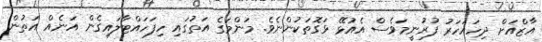
އާޒްއަށް ދިހައަހަރު ފުރުނީމަވެސް އެއުޅޭ ޅަގޮތަކުންނެވެ. މަންމަގެ އަތުގައި ހިފަހައްޓާލައިގެން އަނެއް އަތުން